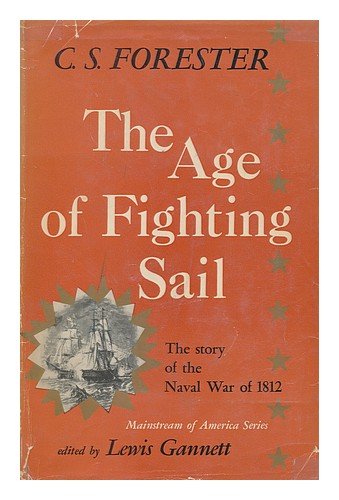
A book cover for The age of fighting sail; The story of the naval War of 1812 (Mainstream of America series); C. S Forester; History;